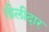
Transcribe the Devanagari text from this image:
तीलीदार